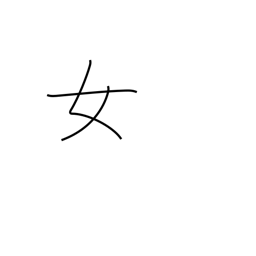
Meaning: woman